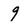
Character: 9